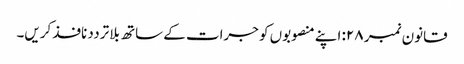
قانون نمبر ۲۸: اپنے منصوبوں کو جرات کے ساتھ بلا ترددنافذ کریں۔